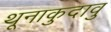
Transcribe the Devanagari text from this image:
थूनाकुदावु